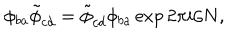
\phi _ { b a } \tilde { \phi } _ { c d } = \tilde { \phi } _ { c d } \phi _ { b a } \exp 2 \pi i / N ,